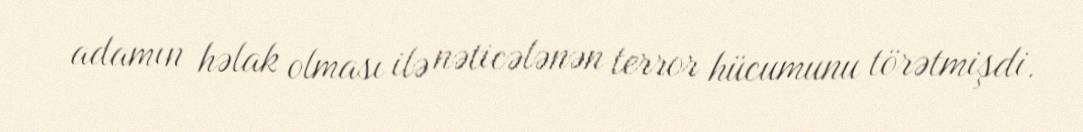
adamın həlak olması ilə nəticələnən terror hücumunu törətmişdi.